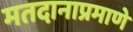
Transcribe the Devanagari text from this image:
मतदानाप्रमाणे